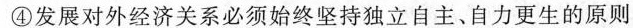
④发展对外经济关系必须始终坚持独立自主、自力更生的原则